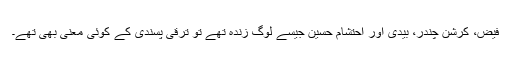
فیض، کرشن چندر، بیدی اور احتشام حسین جیسے لوگ زندہ تھے تو ترقی پسندی کے کوئی معنی بھی تھے۔